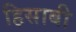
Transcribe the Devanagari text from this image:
हिसाबी